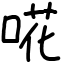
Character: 𠵅